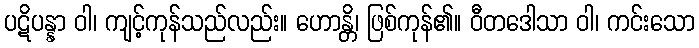
ပဋိပန္နာ ဝါ၊ ကျင့်ကုန်သည်လည်း။ ဟောန္တိ၊ ဖြစ်ကုန်၏။ ဝီတဒေါသာ ဝါ၊ ကင်းသော